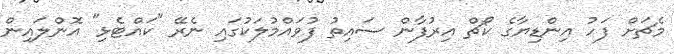
މެޗަށް ފަހު އިންޑިޔާގެ ކޯޗް އިރުފާން ސައިތު ފުވައްމުލަކުގައި ނެރޭ "ކައްޓެޅި" އޮންލައިން